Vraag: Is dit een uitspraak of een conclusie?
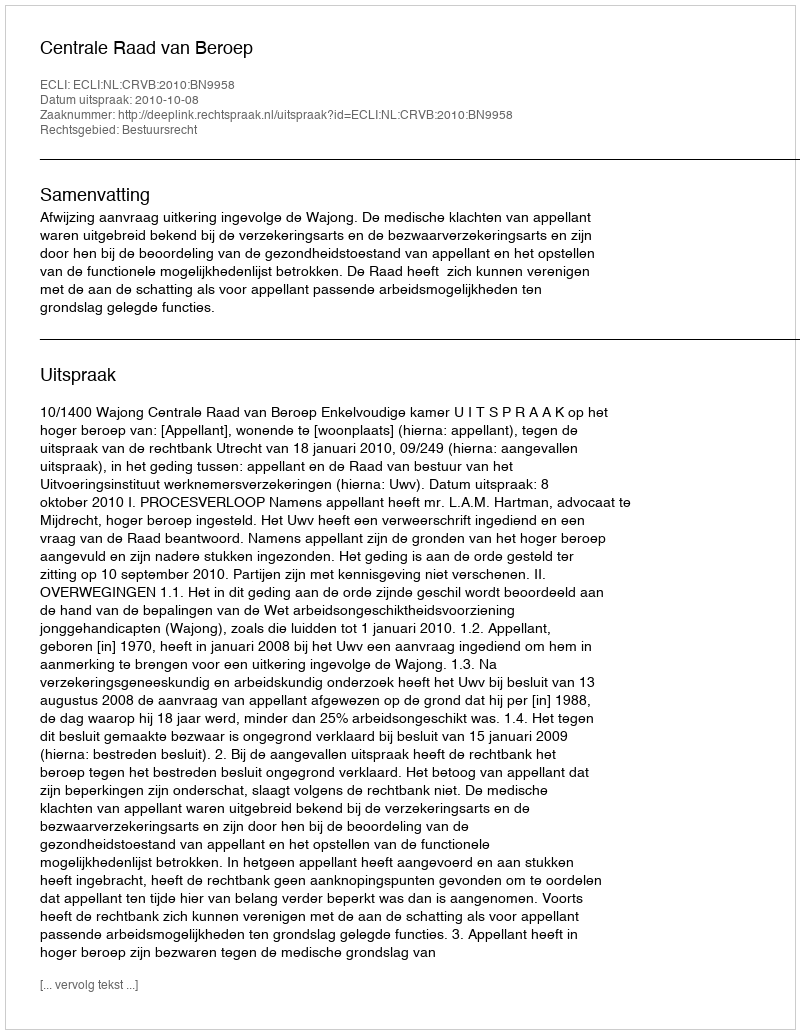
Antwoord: Uitspraak